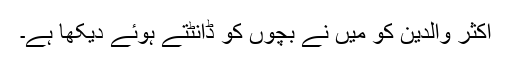
اکثر والدین کو میں نے بچوں کو ڈانٹتے ہوئے دیکھا ہے۔